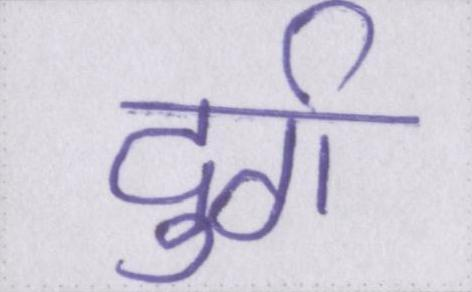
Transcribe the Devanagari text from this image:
दुर्ग